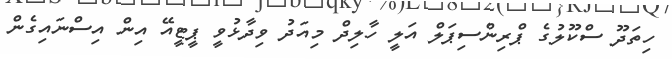
ހިތަދޫ ސްކޫލުގެ ޕްރިންސިޕަލް އަލީ ހާލިދް މިއަދު ވިދާޅުވީ ޕީޓީއޭ އިން އިސްނައިގެން